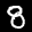
Label: 8